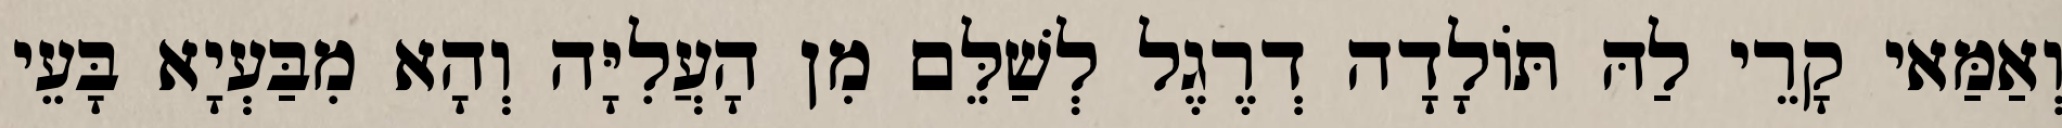
וְאַמַּאי קָרֵי לַהּ תּוֹלָדָה דְרֶגֶל לְשַׁלֵּם מִן הָעֲלִיָּה וְהָא מִבַּעְיָא בָּעֵי